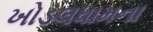
ખોડલધામના